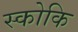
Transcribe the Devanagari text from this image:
स्कोकि